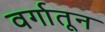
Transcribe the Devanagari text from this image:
वर्गातून